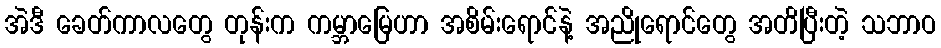
အဲဒီ ခေတ်ကာလတွေ တုန်းက ကမ္ဘာမြေဟာ အစိမ်းရောင်နဲ့ အညိုရောင်တွေ အတိပြီးတဲ့ သဘာဝ